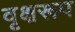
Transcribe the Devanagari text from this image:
वृक्षरूप